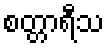
စတ္တာရီသ